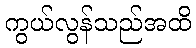
ကွယ်လွန်သည်အထိ